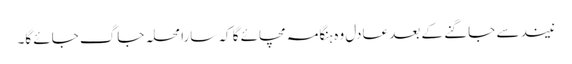
نیند سے جاگنے کے بعد عادل وہ ہنگامہ مچائے گا کہ سارا محلہ جاگ جائے گا۔